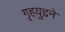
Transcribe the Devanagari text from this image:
गृहयुद्दने